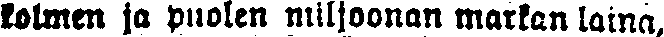
kolmen ja puolen miljoonan markan laina,